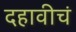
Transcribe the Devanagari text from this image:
दहावीचं